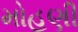
મોહણી